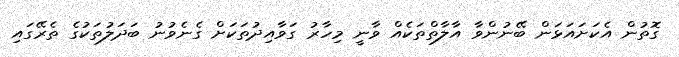
ގޮތުން އެކަށައަޅަން ބޭނުންވާ އާލާތްތަކެއް ވާނީ މިހާރު ގަވާއިދުތަކަށް ގެނެވުނު ބަދަލުތަކުގެ ތެރޭގައި